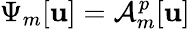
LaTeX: \Psi_{m}[\mathbf{u}]=\mathcal{{A}}_{m}^{p}[\mathbf{u}]